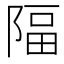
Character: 𨺤